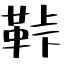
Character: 鞐